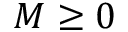
M \geq 0